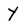
Character: y